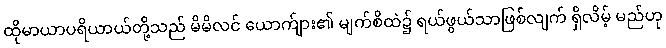
ထိုမာယာပရိယာယ်တို့သည် မိမိလင် ယောက်ျား၏ မျက်စိထဲ၌ ရယ်ဖွယ်သာဖြစ်လျက် ရှိလိမ့် မည်ဟု